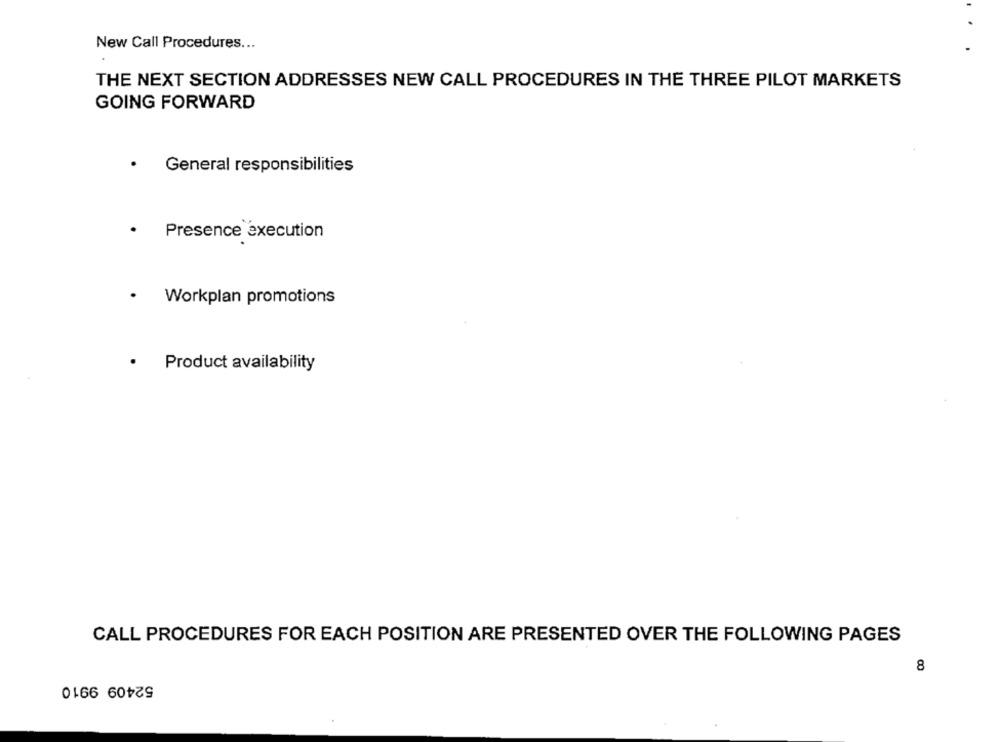
New Call Procedures ...
THE NEXT SECTION ADDRESSES NEW CALL PROCEDURES IN THE THREE PILOT MARKETS
GOING FORWARD
.
General responsibilities
.
Presence execution
.
Workplan promotions
.
Product availability
CALL PROCEDURES FOR EACH POSITION ARE PRESENTED OVER THE FOLLOWING PAGES
8
52409 9910